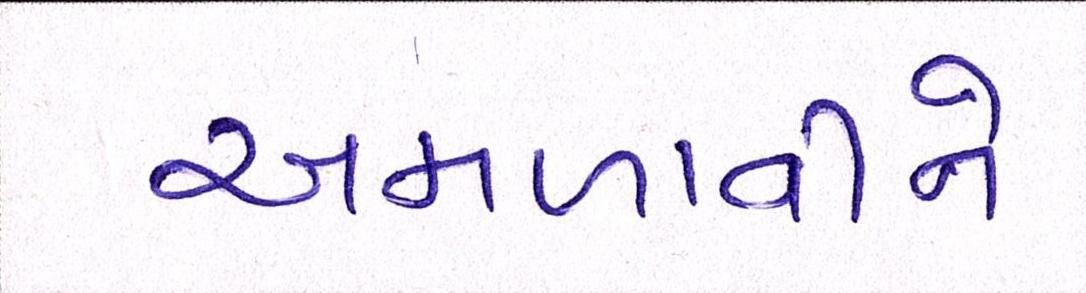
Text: અમળાવીને